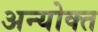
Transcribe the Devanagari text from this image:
अन्योक्त